Scottish Leaving Certificate Examination, 1951
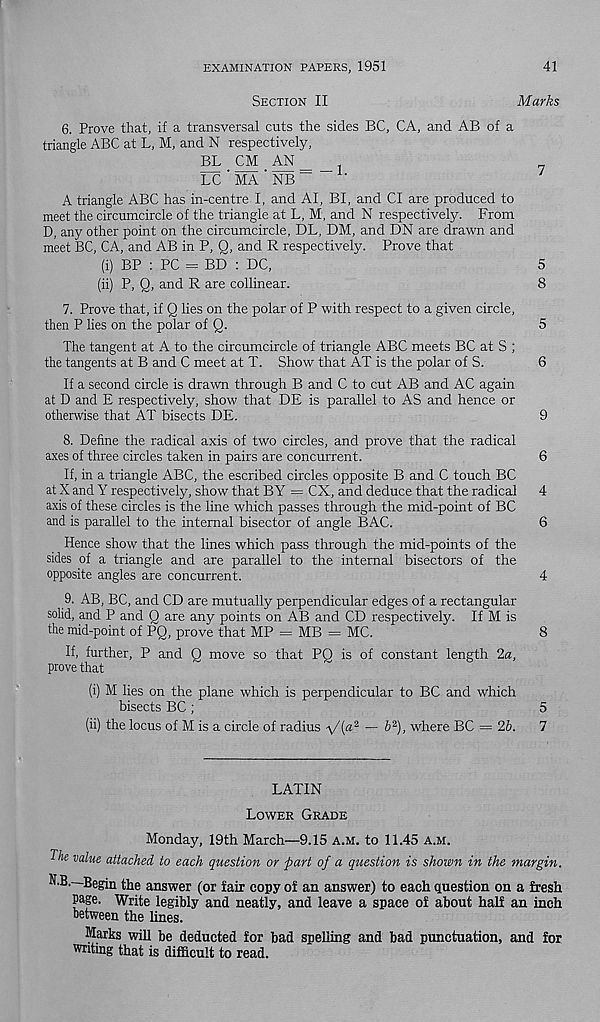
EXAMINATION PAPERS, 1951
41
Section II
Marks
6. Prove that, if a transversal cuts the sides BC, CA, and AB of a
triangle ABC at L, M, and N respectively,
BL CM AN_
LC ' MA ' NB ”
1-
K triangle ABC has in-centre I, and AI, BI, and Cl are produced to
meet the circumcircle of the triangle at L, M, and N respectively. From
D, any other point on the circumcircle, DL, DM, and DN are drawn and
meet BC, CA, and AB in P, Q, and R respectively. Prove that
(i) BP : PC = BD : DC,
5
(ii) P, Q, and R are collinear.
8
7. Prove that, if Q lies on the polar of P with respect to a given circle,
then P lies on the polar of Q.
5
The tangent at A to the circumcircle of triangle ABC meets BC at S ;
the tangents at B and C meet at T. Show that AT is the polar of S.
6
If a second circle is drawn through B and C to cut AB and AC again
at D and E respectively, show that DE is parallel to AS and hence or
otherwise that AT bisects DE.
9
8. Define the radical axis of two circles, and prove that the radical
axes of three circles taken in pairs are concurrent.
6
If, in a triangle ABC, the escribed circles opposite B and C touch BC
at X and Y respectively, show that BY = CX, and deduce that the radical 4
axis of these circles is the line which passes through the mid-point of BC
and is parallel to the internal bisector of angle BAC.
6
Hence show that the lines which pass through the mid-points of the
sides of a triangle and are parallel to the internal bisectors of the
opposite angles are concurrent.
4
9. AB, BC, and CD are mutually perpendicular edges of a rectangular
solid, and P and Q are any points on AB and CD respectively. If M is
the mid-point of PQ, prove that MP = MB = MC.
8
If, further, P and Q move so that PQ is of constant length 2a,
prove that
(i) M lies on the plane which is perpendicular to BC and which
bisects BC;
5
(ii) the locus of M is a circle of radius vX® 2 —
where BC = 2b.
7
LATIN
Lower Grade
Monday, 19th March—9.15 a.m. to 11.45 a.m.
The value attached to each question or part of a question is shown in the margin.
N.B.—Begin the answer (or fair copy of an answer) to each question on a fresh
Page. Write legibly and neatly, and leave a space of about half an inch
between the lines.
Marks will be deducted for bad spelling and bad punctuation, and for
writing that is difficult to read.